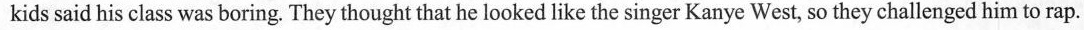
kids said his class was boring. They thought that he looked like the singer Kanye West, so they challenged him to rap.